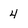
Character: 4